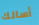
أسالك